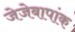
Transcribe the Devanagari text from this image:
जेजेबापांक